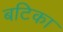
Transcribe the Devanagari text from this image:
बटिका